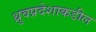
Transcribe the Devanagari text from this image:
ध्रुवप्रदेशाकडील